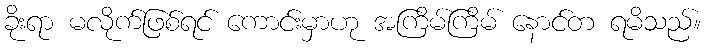
ခိုးရာ မလိုက်ဖြစ်ရင် ကောင်းမှာဟု အကြိမ်ကြိမ် နောင်တ ရမိသည်။